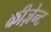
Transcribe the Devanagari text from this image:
क्रीज़ेन्ट